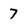
Character: 7